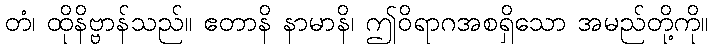
တံ၊ ထိုနိဗ္ဗာန်သည်။ ဧတာနိ နာမာနိ၊ ဤဝိရာဂအစရှိသော အမည်တို့ကို။